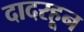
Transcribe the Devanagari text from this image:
दादरहून